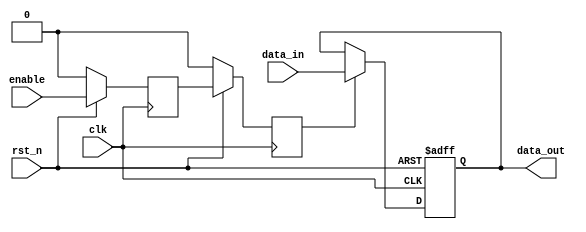
// -------------------------------------------------------
// Copyright (c) 2017 Cadence Design Systems, Inc.
//
// All rights reserved.
//
// Cadence Design Systems Proprietary and Confidential.
// -------------------------------------------------------

module mux_sync #(
parameter DSIZE = 32
)
(
    input                   clk,
    input                   rst_n,
    input       [DSIZE-1:0] data_in,
    input                   enable,
    output      [DSIZE-1:0] data_out
);

reg [DSIZE-1:0] data_sync;
reg en1,en2;

//Control Path
always @ (posedge clk)
    if (~rst_n) begin
        en1 <= 1'b0;
        en2 <= 1'b0;
    end
    else begin
        en1 <= enable;
        en2 <= en1;
    end

//DataPath
always @ (posedge clk, negedge rst_n)
    if (~rst_n)
        data_sync <= {DSIZE{1'b0}};
    else if (en2)
        data_sync <= data_in;

assign data_out = data_sync;
endmodule